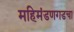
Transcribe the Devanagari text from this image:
महिमंडणगडचा